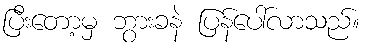
ပြီးတော့မှ ဘွားခနဲ ပြန်ပေါ်လာသည်။